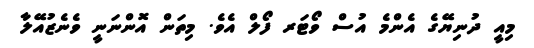
މިއީ ދުނިޔޭގެ އެންމެ އުސް ވޯޓަރ ފޯލް އެވެ. މިތަން އޮންނަނީ ވެނެޒުއޭލާ